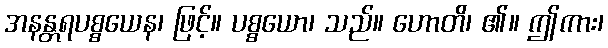
အနန္တရပစ္စယေန၊ ဖြင့်။ ပစ္စယော၊ သည်။ ဟောတိ၊ ၏။ ဤကား၊